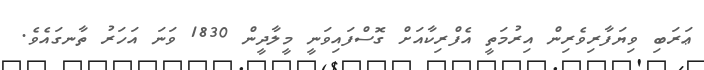
ޢަރަބި ވިޔަފާރިވެރިން އިރުމަތީ އެފްރިކާއަށް ގޮސްފައިވަނީ މީލާދީން 1830 ވަނަ އަހަރު ތާނގައެވެ.